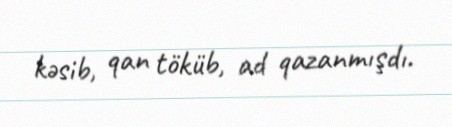
kəsib, qan töküb, ad qazanmışdı.